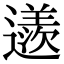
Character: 䢭